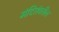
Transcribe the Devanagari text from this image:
मंदिरांवरील